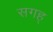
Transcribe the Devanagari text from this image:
सगह्